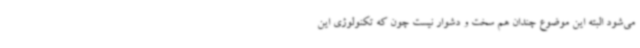
می‌شود البته این موضوع چندان هم سخت و دشوار نیست چون که تکنولوژی این